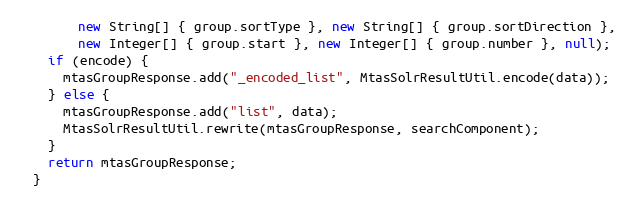
Language: Java
        new String[] { group.sortType }, new String[] { group.sortDirection },
        new Integer[] { group.start }, new Integer[] { group.number }, null);
    if (encode) {
      mtasGroupResponse.add("_encoded_list", MtasSolrResultUtil.encode(data));
    } else {
      mtasGroupResponse.add("list", data);
      MtasSolrResultUtil.rewrite(mtasGroupResponse, searchComponent);
    }
    return mtasGroupResponse;
  }